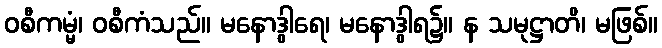
ဝစီကမ္မံ၊ ဝစီကံသည်။ မနောဒွါရေ၊ မနောဒွါရ၌။ န သမုဋ္ဌာတိ၊ မဖြစ်။